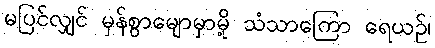
မပြင်လျှင် မှန်စွာမျောမှာမို့ သံသာကြော ရေယဉ်၊